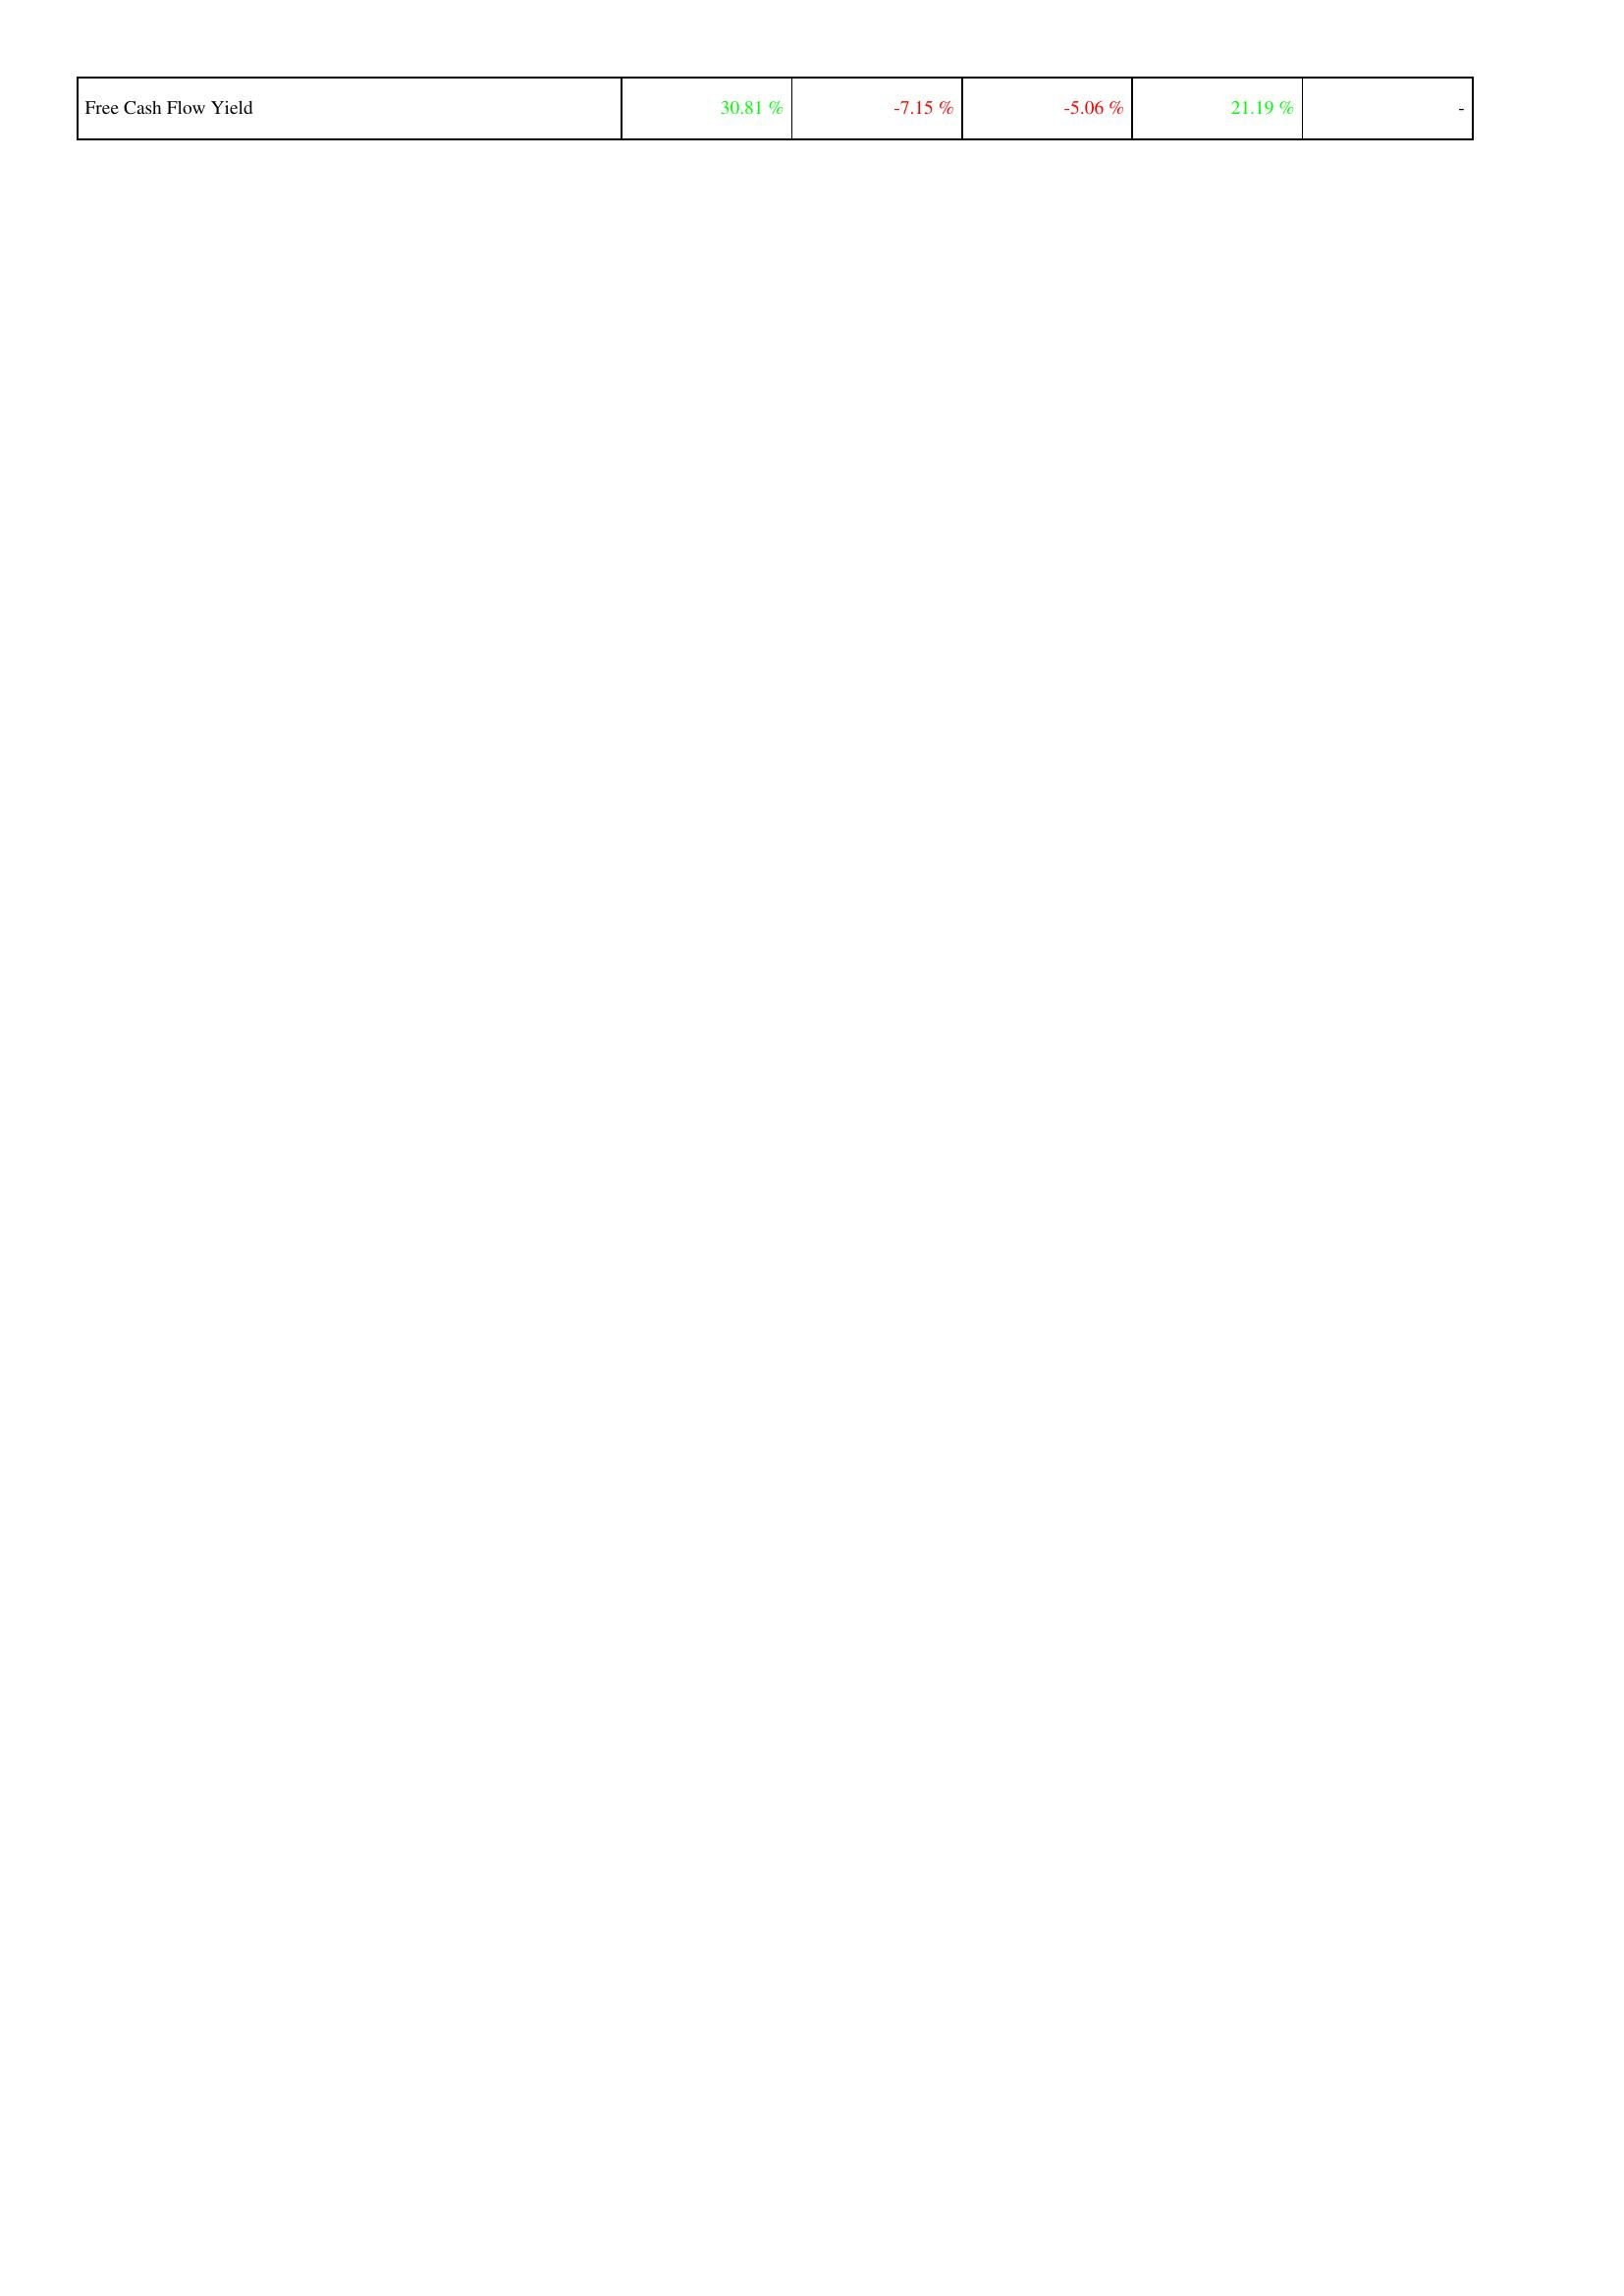
2013: Financing Activities: Free Cash Flow Yield: 30.81 %
2014: Financing Activities: Free Cash Flow Yield: -7.15 %
2015: Financing Activities: Free Cash Flow Yield: -5.06 %
2016: Financing Activities: Free Cash Flow Yield: 21.19 %
2017: Financing Activities: Free Cash Flow Yield: -